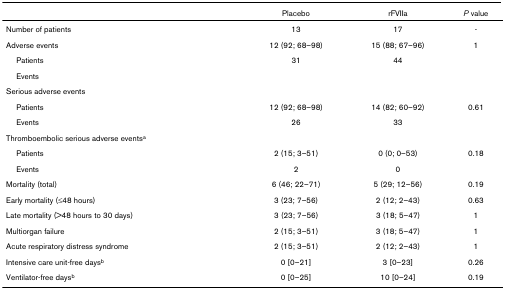
<table><thead><tr><td></td><td><b>Placebo</b></td><td><b>rFVIIa</b></td><td><b><i>P </i>value</b></td></tr></thead><tbody><tr><td>Number of patients</td><td>13</td><td>17</td><td>-</td></tr><tr><td>Adverse events</td><td>12 (92; 68–98)</td><td>15 (88; 67–96)</td><td>1</td></tr><tr><td> Patients</td><td>31</td><td>44</td><td></td></tr><tr><td> Events</td><td></td><td></td><td></td></tr><tr><td>Serious adverse events</td><td></td><td></td><td></td></tr><tr><td> Patients</td><td>12 (92; 68–98)</td><td>14 (82; 60–92)</td><td>0.61</td></tr><tr><td> Events</td><td>26</td><td>33</td><td></td></tr><tr><td>Thromboembolic serious adverse events<sup>a</sup></td><td></td><td></td><td></td></tr><tr><td> Patients</td><td>2 (15; 3–51)</td><td>0 (0; 0–53)</td><td>0.18</td></tr><tr><td> Events</td><td>2</td><td>0</td><td></td></tr><tr><td>Mortality (total)</td><td>6 (46; 22–71)</td><td>5 (29; 12–56)</td><td>0.19</td></tr><tr><td>Early mortality (≤48 hours)</td><td>3 (23; 7–56)</td><td>2 (12; 2–43)</td><td>0.63</td></tr><tr><td>Late mortality (&gt;48 hours to 30 days)</td><td>3 (23; 7–56)</td><td>3 (18; 5–47)</td><td>1</td></tr><tr><td>Multiorgan failure</td><td>2 (15; 3–51)</td><td>3 (18; 5–47)</td><td>1</td></tr><tr><td>Acute respiratory distress syndrome</td><td>2 (15; 3–51)</td><td>2 (12; 2–43)</td><td>1</td></tr><tr><td>Intensive care unit-free days<sup>b</sup></td><td>0 [0–21]</td><td>3 [0–23]</td><td>0.26</td></tr><tr><td>Ventilator-free days<sup>b</sup></td><td>0 [0–25]</td><td>10 [0–24]</td><td>0.19</td></tr></tbody></table>